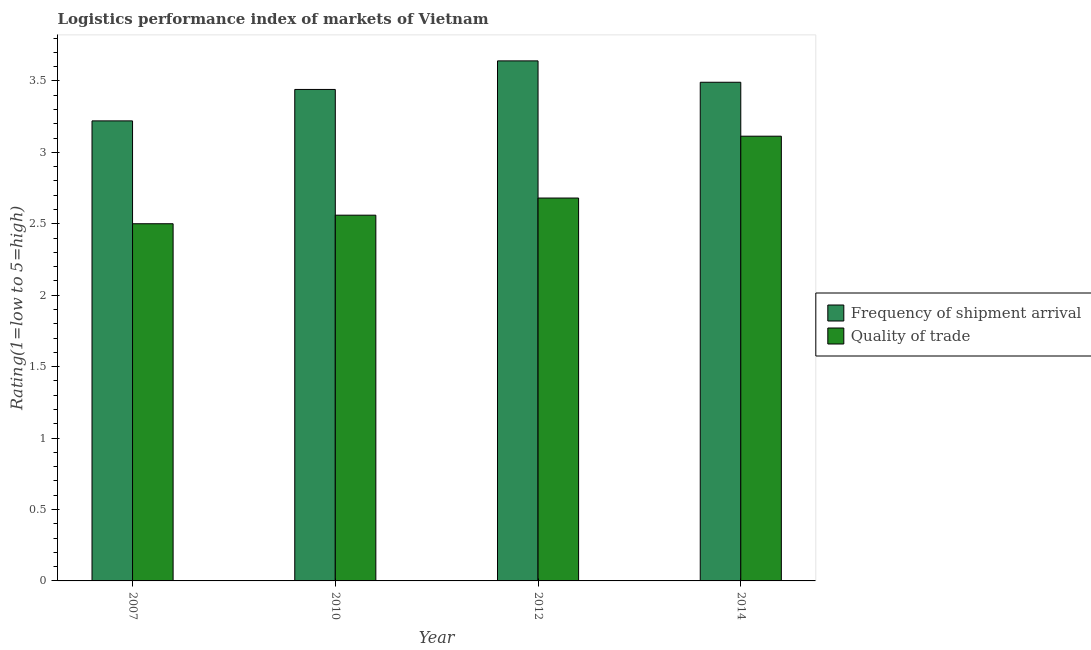
| Year | Frequency of shipment arrival | Quality of trade |
 | --- | --- | --- |
 | 2007 | 3.22 | 2.5 |
 | 2010 | 3.44 | 2.56 |
 | 2012 | 3.64 | 2.68 |
 | 2014 | 3.49 | 3.11 |